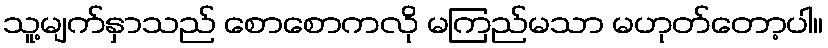
သူ့မျက်နှာသည် စောစောကလို မကြည်မသာ မဟုတ်တော့ပါ။